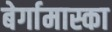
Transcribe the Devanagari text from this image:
बेर्गामास्का